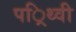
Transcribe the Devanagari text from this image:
पर्िथ्वी